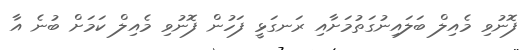
ފޮނުވި މެއިލް ބަލައިނުގަތުމަށާއި ރަނގަޅީ ފަހުން ފޮނުވި މެއިލް ކަމަށް ބުނެ އާ